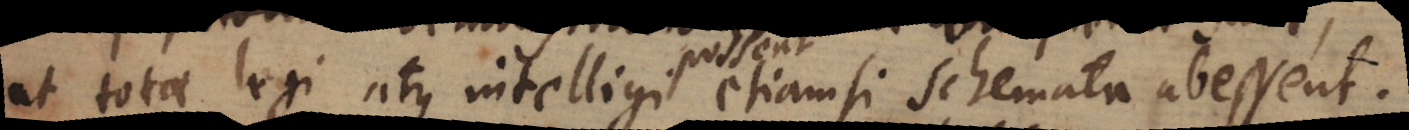
ut totae legi atque intelligi possent etiamsi schemata abessent.